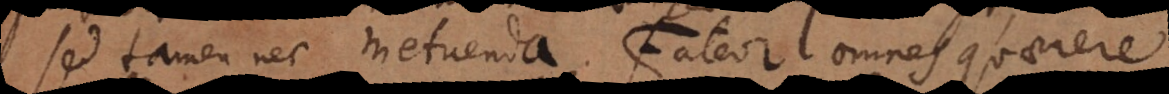
sed tamen nec metuenda. Fateor omnes quaerere